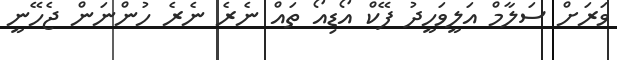
ވަރަށް ސަލާމް އަލީވަހީދު ފޭކް އޯޑިއޯ ތައް ނެރެ ނެރެ ހުންނަން ޖެހޭނީ